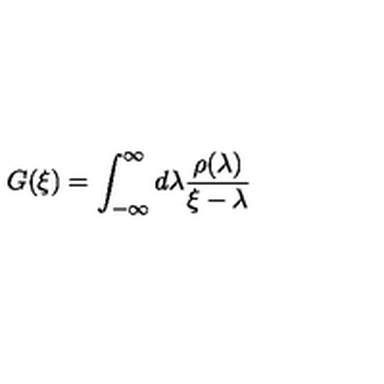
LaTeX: G ( \xi ) = \int _ { - \infty } ^ { \infty } d \lambda \frac { \rho ( \lambda ) } { \xi - \lambda }